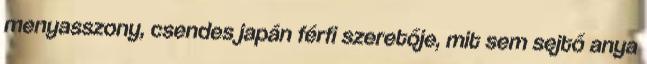
menyasszony, csendes japán férfi szeretője, mit sem sejtő anya